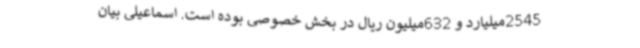
2545میلیارد و 632میلیون ریال در بخش خصوصی بوده است. اسماعیلی بیان